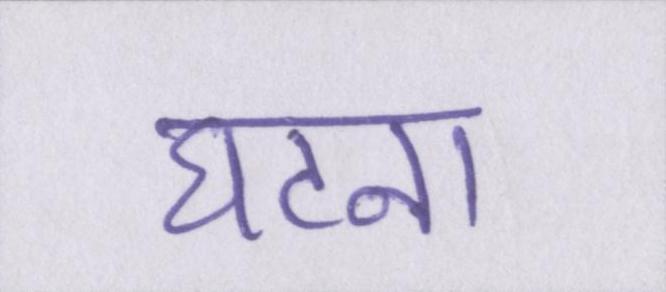
घटना